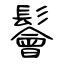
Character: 鬠